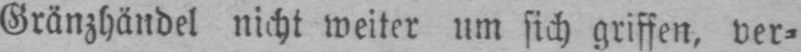
Gränzhändel nicht weiter um sich griffen, ver⸗